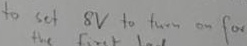
Text: to set 8V to turn on for